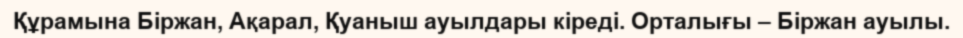
Құрамына Біржан, Ақарал, Қуаныш ауылдары кіреді. Орталығы – Біржан ауылы.